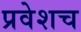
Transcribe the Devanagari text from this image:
प्रवेशच